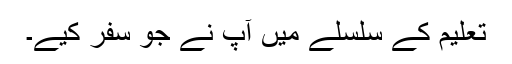
تعلیم کے سلسلے میں آپ نے جو سفر کیے۔